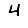
Digit: 4